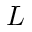
L